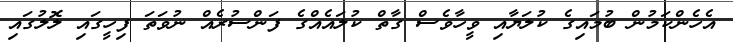
އެހެންކަމުން ބުމައިގެ ކުލަޔާއި ވީހާވެސް ގާތް ކުލައެއްގެ ފަންސުރެއް ނުވަތަ ފިހީގައި ލޮލުގައި